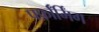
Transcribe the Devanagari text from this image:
पर्फ़ॉर्मिंग